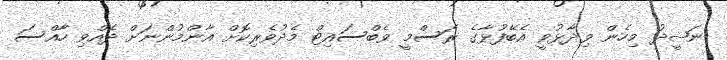
ނަޝީދު މިހެން ވިދާޅުވީ އެބޭފުޅާގެ ރަސްމީ ވެބްސައިޓް މެދުވެރިކޮށް އާންމުންނަށް ދެއްވި ހާއްސަ